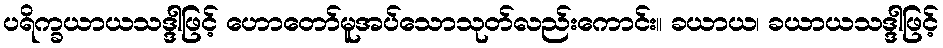
ပရိက္ခယာယသဒ္ဒါဖြင့် ဟောတော်မူအပ်သောသုတ်လည်းကောင်း။ ခယာယ၊ ခယာယသဒ္ဒါဖြင့်